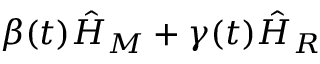
\beta ( t ) \hat { H } _ { M } + \gamma ( t ) \hat { H } _ { R }